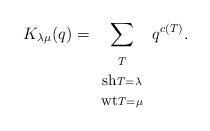
LaTeX: \begin{align*}K_{\lambda \mu}(q)=\sum_{\begin{array}{c}\scriptstyle T\\\mbox{\small sh}\scriptstyle T = \lambda \\\mbox{\small wt}\scriptstyle T = \mu\end{array}}q^{c(T)}.\end{align*}